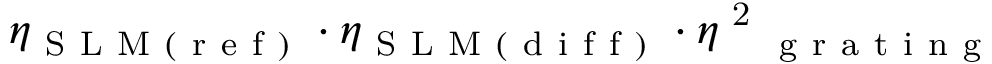
\eta _ { \mathrm { ~ S ~ L ~ M ~ ( ~ r ~ e ~ f ~ ) ~ } } \cdot \eta _ { \mathrm { ~ S ~ L ~ M ~ ( ~ d ~ i ~ f ~ f ~ ) ~ } } \cdot \eta \textsuperscript { 2 } _ { \mathrm { ~ g ~ r ~ a ~ t ~ i ~ n ~ g ~ } }